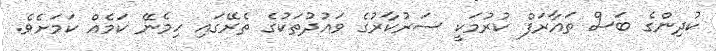
ކުދިންގެ ބަސް ތައާރަފް ކުރުމަކީ ސަރުކާރުގެ ވައުދުތަކުގެ ތެރޭގައި ހިމެނޭ ކަމެއް ކަމަށެވެ.